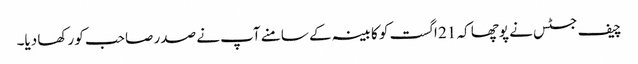
چیف جسٹس نے پوچھا کہ 21 اگست کو کابینہ کے سامنے آپ نے صدر صاحب کو رکھا دیا۔